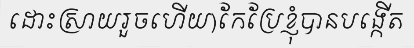
ដោះស្រាយរួចហើយ)កែប្រែខ្ញុំបានបង្កើត